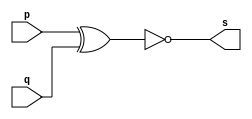

// ------------------------- 
// Exemplo0008 - xnor
// Nome: Rodrigo Arruda de Assis 
// ------------------------- 

// ------------------------- 
// -- xnorgate 
// ------------------------- 
	module xnorgate ( output s, input p, input q); 
	assign s = (~(p^q)); 
	endmodule // xnorgate 

// --------------------- 
// -- test xxnorgate 
// --------------------- 

	module testxnorgate; 

// ------------------------- dados locais 
	reg a, b; // definir registradores 
	wire s; // definir conexao (fio) 

// ------------------------- instancia 
	xnorgate XNOR1 (s, a, b); 

// ------------------------- preparacao 
	initial begin:start 
	a=0; b=0; 

	end 

// ------------------------- parte principal 
	initial begin 
		$display("Exemplo 0008 - Rodrigo Arruda de Assis - 427460"); 
		$display("Test XNOR gate"); 
	$display("\n (~(a^b) )= s\n"); 
	a=0; b=0; 
		#1 $display("%b & %b = %b", a, b, s); 
	a=0; b=1; 
		#1 $display("%b & %b = %b", a, b, s); 
	a=1; b=0; 
		#1 $display("%b & %b = %b", a, b, s); 
	a=1; b=1; 
		#1 $display("%b & %b = %b", a, b, s); 
	
	end 
	
	endmodule // testxnorgate 


//------------		 

//	Exemplo 0008 - Rodrigo Arruda de Assis - 427460

// Test XNOR gate
// (~(a^b) )= s
// 0 & 0 = 1
// 0 & 1 = 0
// 1 & 0 = 0
// 1 & 1 = 1

//------------